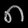
Digit: ၈